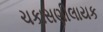
ચકાસણીલાયક